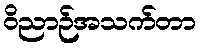
ဝိညာဉ်အသက်တာ